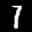
Label: 7